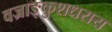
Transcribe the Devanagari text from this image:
वज्राङ्कुशधराय